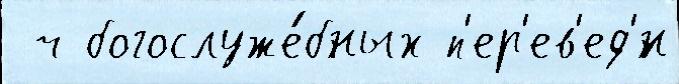
 ч богослуже́бных п'ер'ев'ед'́н